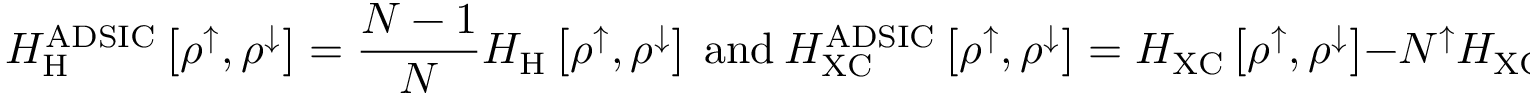
H _ { \mathrm { H } } ^ { \mathrm { A D S I C } } \left[ \rho ^ { \uparrow } , \rho ^ { \downarrow } \right] = \frac { N - 1 } { N } H _ { \mathrm { H } } \left[ \rho ^ { \uparrow } , \rho ^ { \downarrow } \right] \ \mathrm { a n d } \ H _ { \mathrm { X C } } ^ { \mathrm { A D S I C } } \left[ \rho ^ { \uparrow } , \rho ^ { \downarrow } \right] = H _ { \mathrm { X C } } \left[ \rho ^ { \uparrow } , \rho ^ { \downarrow } \right] - N ^ { \uparrow } H _ { \mathrm { X C } } \left[ \frac { \rho ^ { \uparrow } } { N ^ { \uparrow } } , 0 \right] - N ^ { \downarrow } H _ { \mathrm { X C } } \left[ 0 , \frac { \rho ^ { \downarrow } } { N ^ { \downarrow } } \right] ,